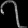
Digit: ၇